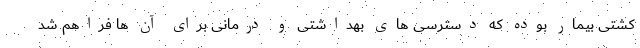
کشتی بیمار بوده که دسترسی های بهداشتی و درمانی برای آن ها فراهم شد